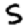
Digit: 5